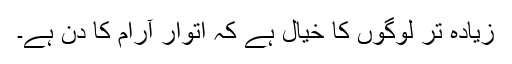
زیادہ تر لوگوں کا خیال ہے کہ اتوار آرام کا دن ہے۔